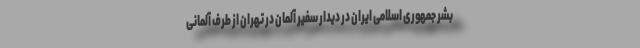
بشر جمهوری اسلامی ایران در دیدار سفیر آلمان در تهران از طرف آلمانی